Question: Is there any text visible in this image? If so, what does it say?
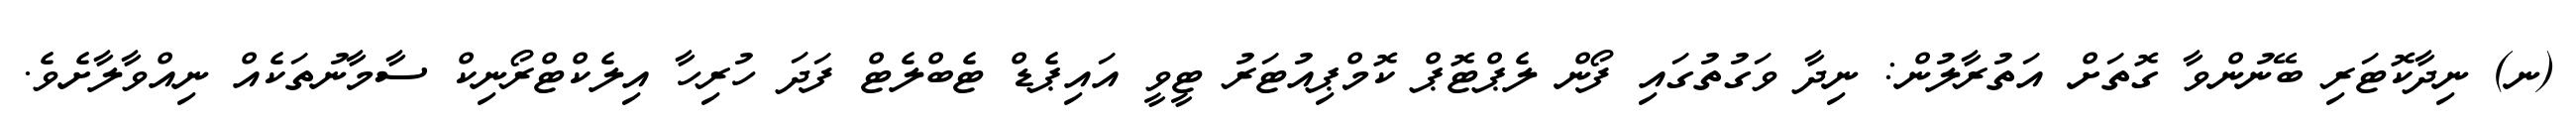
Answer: (ނ) ނިދާކޮޓަރި ބޭނުންވާ ގޮތަށް އަތުރާލުން: ނިދާ ވަގުތުގައި ފޯން ލެޕްޓޮޕް ކޮމްޕިއުޓަރު ޓީވީ އައިޕެޑް ޓެބްލެޓް ފަދަ ހުރިހާ އިލެކްޓްރޯނިކް ސާމާނުތަކެއް ނިއްވާލާށެވެ.